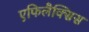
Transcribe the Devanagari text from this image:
एफिलैक्सिस